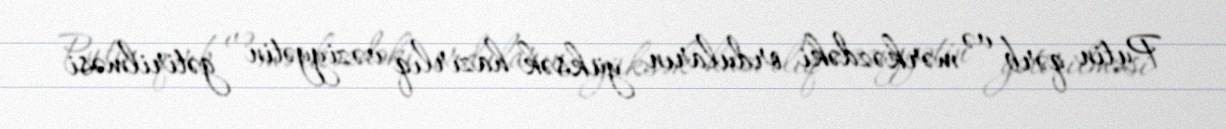
Putin qərb və mərkəzdəki orduların yüksək hazırlıq vəziyyətin gətirilməsi